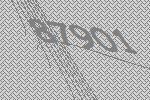
87901